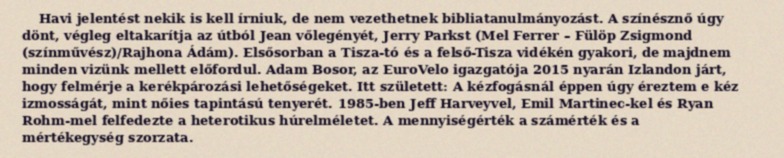
Havi jelentést nekik is kell írniuk, de nem vezethetnek bibliatanulmányozást. A színésznő úgy dönt, végleg eltakarítja az útból Jean vőlegényét, Jerry Parkst (Mel Ferrer – Fülöp Zsigmond (színművész)/Rajhona Ádám). Elsősorban a Tisza-tó és a felső-Tisza vidékén gyakori, de majdnem minden vizünk mellett előfordul. Adam Bosor, az EuroVelo igazgatója 2015 nyarán Izlandon járt, hogy felmérje a kerékpározási lehetőségeket. Itt született: A kézfogásnál éppen úgy éreztem e kéz izmosságát, mint nőies tapintású tenyerét. 1985-ben Jeff Harveyvel, Emil Martinec-kel és Ryan Rohm-mel felfedezte a heterotikus húrelméletet. A mennyiségérték a számérték és a mértékegység szorzata.